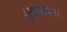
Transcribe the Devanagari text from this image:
क्षुद्रकागम।